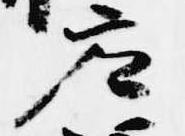
参